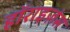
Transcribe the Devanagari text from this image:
हॉराइज़ंस